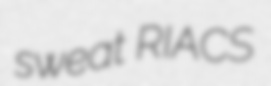
sweat RIACS